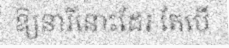
ឱ្យនារីនោះដែរ តែបើ